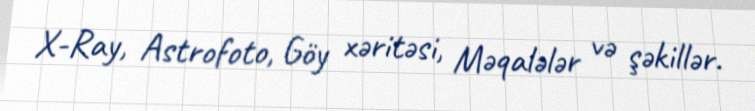
X-Ray, Astrofoto, Göy xəritəsi, Məqalələr və şəkillər.